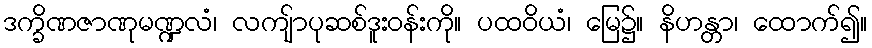
ဒက္ခိဏဇာဏုမဏ္ဍလံ၊ လကျ်ာပုဆစ်ဒူးဝန်းကို။ ပထဝိယံ၊ မြေ၌။ နိဟန္တာ၊ ထောက်၍။